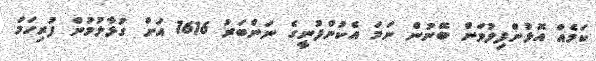
ކަމެއް އޮޅުންފިލުވަން ބޭނުން ނަމަ އެކުންފުނީގެ ނަންބަރު 1616 އަށް ގުޅާލުމުން ފުރިހަމަ